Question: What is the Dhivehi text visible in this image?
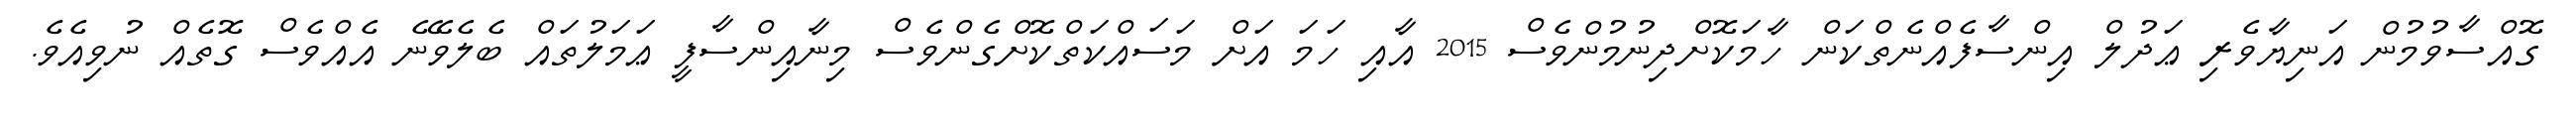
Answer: ގޮއްސާވުމުން އަނިޔާވެރި ޢަދުލް އިންސާފެއްނެތްކަން ހާމަކޮށްދިނުމުންވެސް 2015 އާއި ހަމަ އަށް މަސައްކަތްކޮށްގެންވެސް މިނާއިންސާފީ ޢަމަލުތައް ބެލެވޭނެ އެއްވެސް ގޮތެއް ނުވިއެވެ.